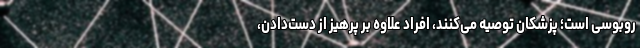
روبوسی است؛ پزشکان توصیه می‌کنند، افراد علاوه بر پرهیز از دست‌دادن،